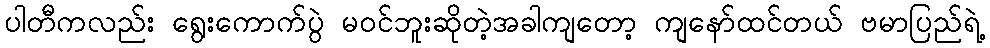
ပါတီကလည်း ရွေးကောက်ပွဲ မဝင်ဘူးဆိုတဲ့အခါကျတော့ ကျနော်ထင်တယ် ဗမာပြည်ရဲ့